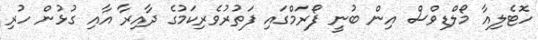
ހޮޓެލިއާ މޯލްޑިވްސް އިން ބުނީ ފޯރަމްގައި ފަތުރުވެރިކަމުގެ ދާއިރާ އާއި ގުޅުން ހުރި